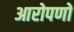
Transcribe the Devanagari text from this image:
आरोपणों